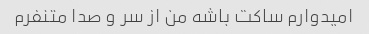
امیدوارم ساکت باشه من از سر و صدا متنفرم